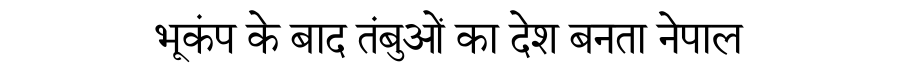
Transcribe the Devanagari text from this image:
भूकंप के बाद तंबुओं का देश बनता नेपाल